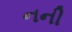
નની